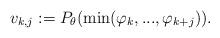
LaTeX: \begin{align*}v_{k,j}:= P_{\theta}(\min(\varphi_k,..., \varphi_{k+j})).\end{align*}